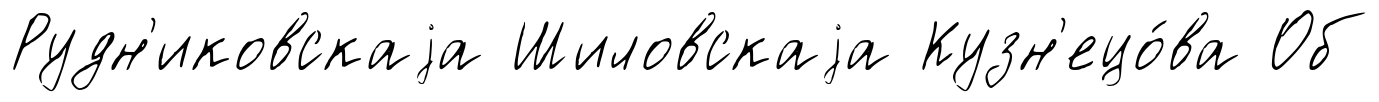
Рудн'иковскаjа Шиловскаjа Кузн'ецо́ва Об